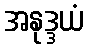
အနုဒ္ဒယံ